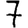
Digit: 7